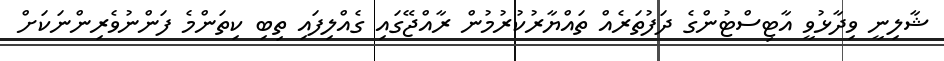
ޝާލިނީ ވިދާޅުވީ އާޓިސްޓުންގެ ދަފުތަރެއް ތައްޔާރުކުރުމުން ރާއްޖޭގައި ގެއްލިފައި ތިބި ކިތަންމެ ފަންނުވެރިންނަކަށް